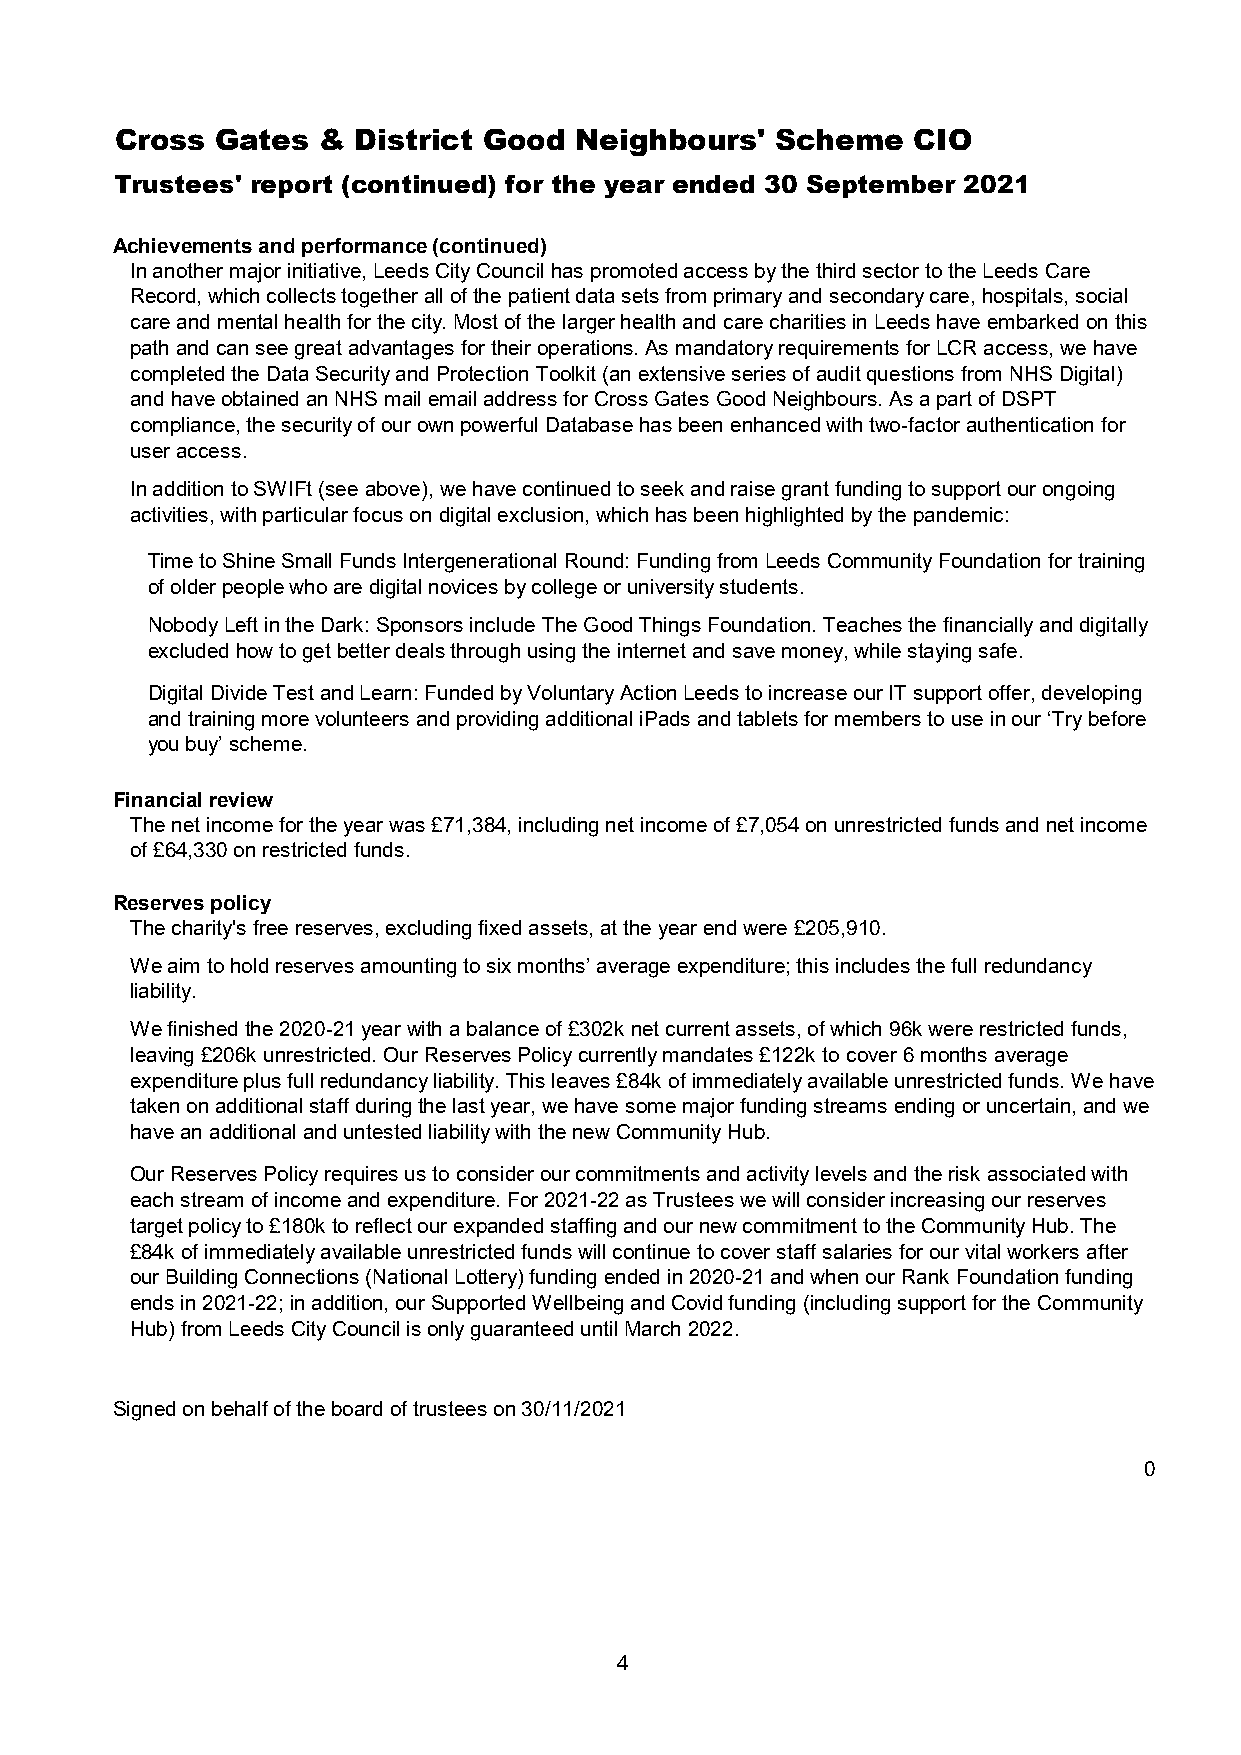
Cross Gates  &  District Good Neighbours'  Scheme   CIO
 Trustees' report (continued) for the year ended 30 September 2021
 Achievements and performance (continued)
 In another major initiative, Leeds City Council has promoted access by the third sector to the Leeds Care
 Record, which collects together all of the patient data sets from primary and secondary care, hospitals, social
 care and mental health for the city. Most of the larger health and care charities in Leeds have embarked on this
 path and can see great advantages for their operations. As mandatory requirements for LCR access, we have
 completed the Data Security and Protection Toolkit (an extensive series of audit questions from NHS Digital)
 and have obtained an NHS mail email address for Cross Gates Good Neighbours. As a part of DSPT
 compliance, the security of our own powerful Database has been enhanced with two-factor authentication for
 user access.
 In addition to SWIFt (see above), we have continued to seek and raise grant funding to support our ongoing
 activities, with particular focus on digital exclusion, which has been highlighted by the pandemic:
 Time to Shine Small Funds Intergenerational Round: Funding from Leeds Community Foundation for training
 of older people who are digital novices by college or university students.
 Nobody Left in the Dark: Sponsors include The Good Things Foundation. Teaches the financially and digitally
 excluded how to get better deals through using the internet and save money, while staying safe.
 Digital Divide Test and Learn: Funded by Voluntary Action Leeds to increase our IT support offer, developing
 and training more volunteers and providing additional iPads and tablets for members to use in our ‘Try before
 you buy’ scheme.
 Financial review
 The net income for the year was £71,384, including net income of £7,054 on unrestricted funds and net income
 of £64,330 on restricted funds.
 Reserves policy
 The charity's free reserves, excluding fixed assets, at the year end were £205,910.
 We aim to hold reserves amounting to six months’ average expenditure; this includes the full redundancy
 liability.
 We finished the 2020-21 year with a balance of £302k net current assets, of which 96k were restricted funds,
 leaving £206k unrestricted. Our Reserves Policy currently mandates £122k to cover 6 months average
 expenditure plus full redundancy liability. This leaves £84k of immediately available unrestricted funds. We have
 taken on additional staff during the last year, we have some major funding streams ending or uncertain, and we
 have an additional and untested liability with the new Community Hub.
 Our Reserves Policy requires us to consider our commitments and activity levels and the risk associated with
 each stream of income and expenditure. For 2021-22 as Trustees we will consider increasing our reserves
 target policy to £180k to reflect our expanded staffing and our new commitment to the Community Hub. The
 £84k of immediately available unrestricted funds will continue to cover staff salaries for our vital workers after
 our Building Connections (National Lottery) funding ended in 2020-21 and when our Rank Foundation funding
 ends in 2021-22; in addition, our Supported Wellbeing and Covid funding (including support for the Community
 Hub) from Leeds City Council is only guaranteed until March 2022.
 Signed on behalf of the board of trustees on 30/11/2021
 0
 4